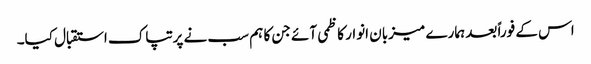
اس کے فوراً بعد ہمارے میزبان انوار کاظمی آئے جن کا ہم سب نے پرتپاک استقبال کیا۔